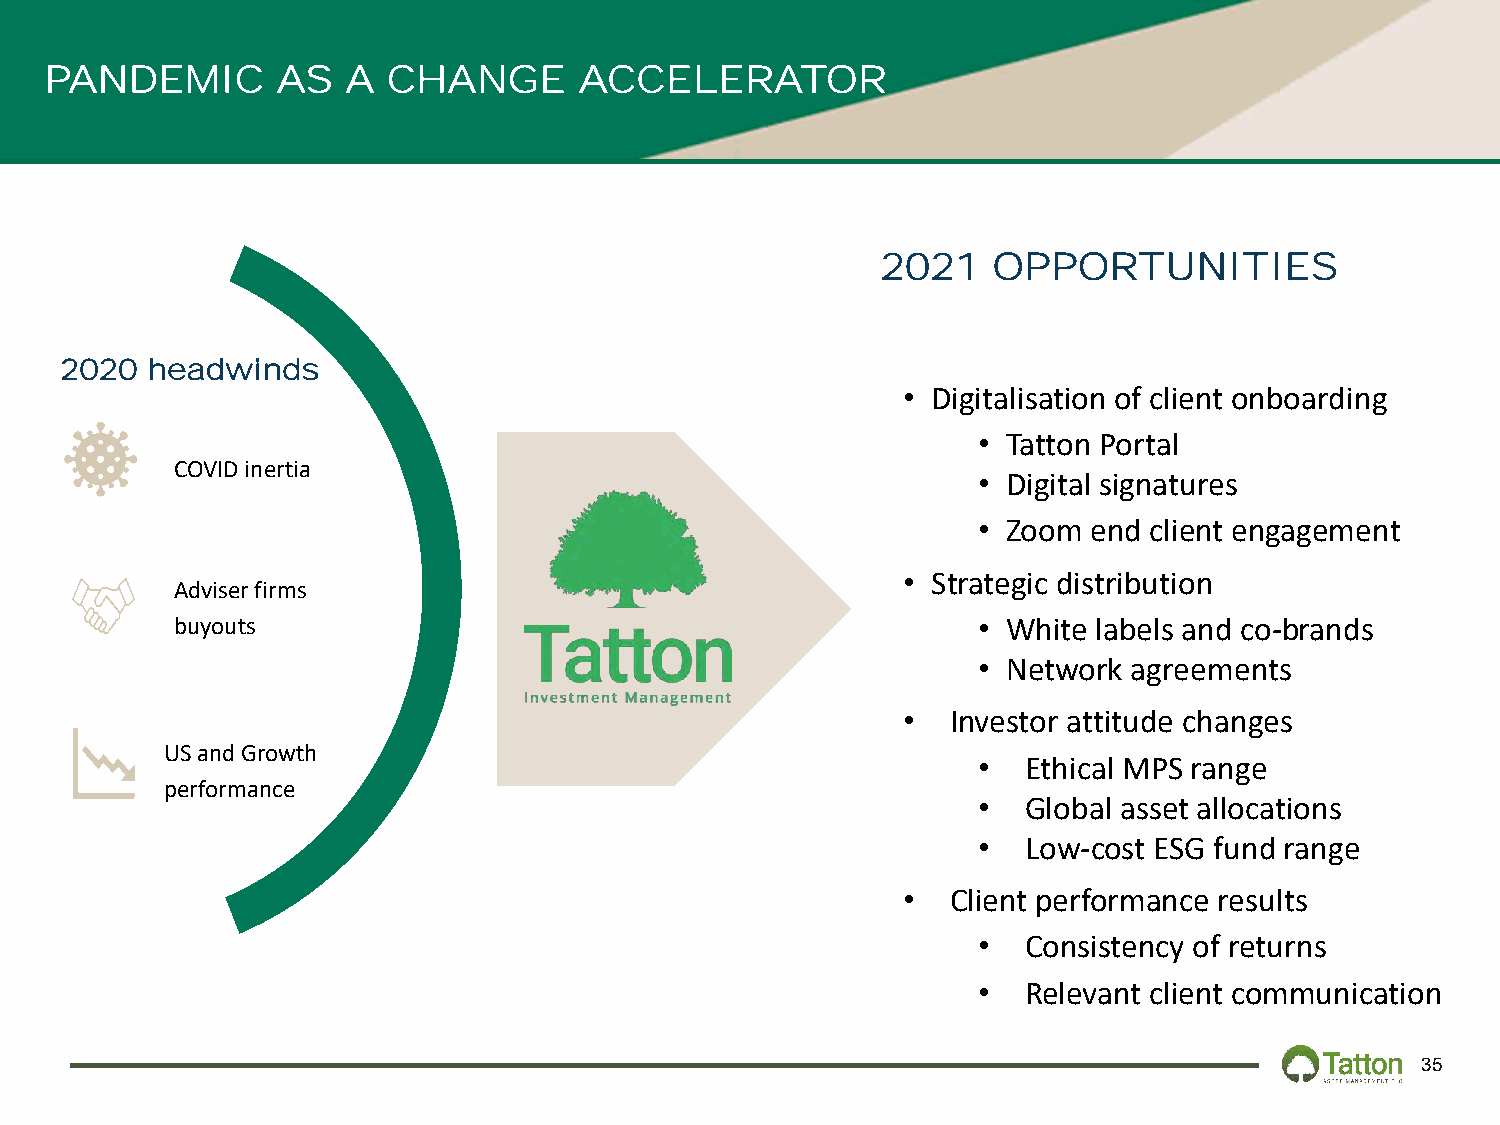
PANDEMIC       AS   A  CHANGE      ACCELERATOR
 2021    OPPORTUNITIES
 2020  headwinds
 • Digitalisation of client onboarding
 • Tatton Portal
 COVID inertia
 • Digital signatures
 • Zoom end client engagement
 • Strategic distribution
 Adviser firms
 buyouts                                              • White labels and co-brands
 • Network agreements
 •  Investor attitude changes
 US and Growth
 •  Ethical MPS range
 performance
 •  Global asset allocations
 •  Low-cost ESG fund range
 •  Client performance results
 •  Consistency of returns
 •  Relevant client communication
 35